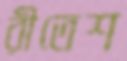
রীতেশ